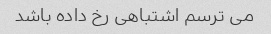
می ترسم اشتباهی رخ داده باشد